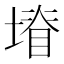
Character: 𭏩